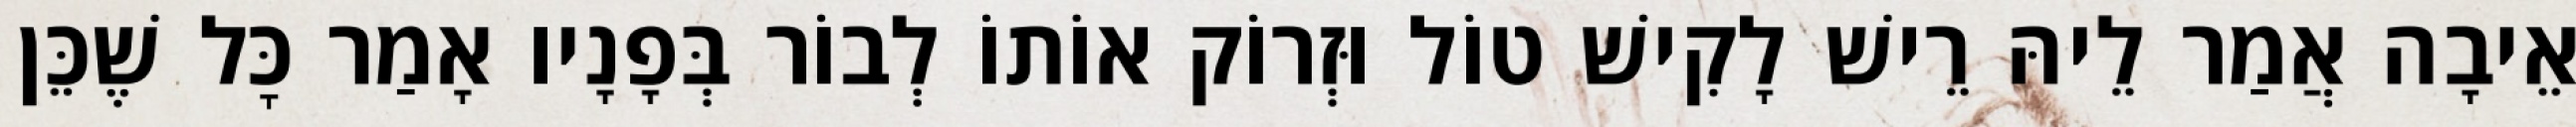
אֵיבָה אֲמַר לֵיהּ רֵישׁ לָקִישׁ טוֹל וּזְרוֹק אוֹתוֹ לְבוֹר בְּפָנָיו אָמַר כׇּל שֶׁכֵּן